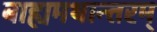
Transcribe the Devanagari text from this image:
बाह्यमथान्तरम्